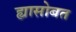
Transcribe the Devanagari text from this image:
ह्यासोबत